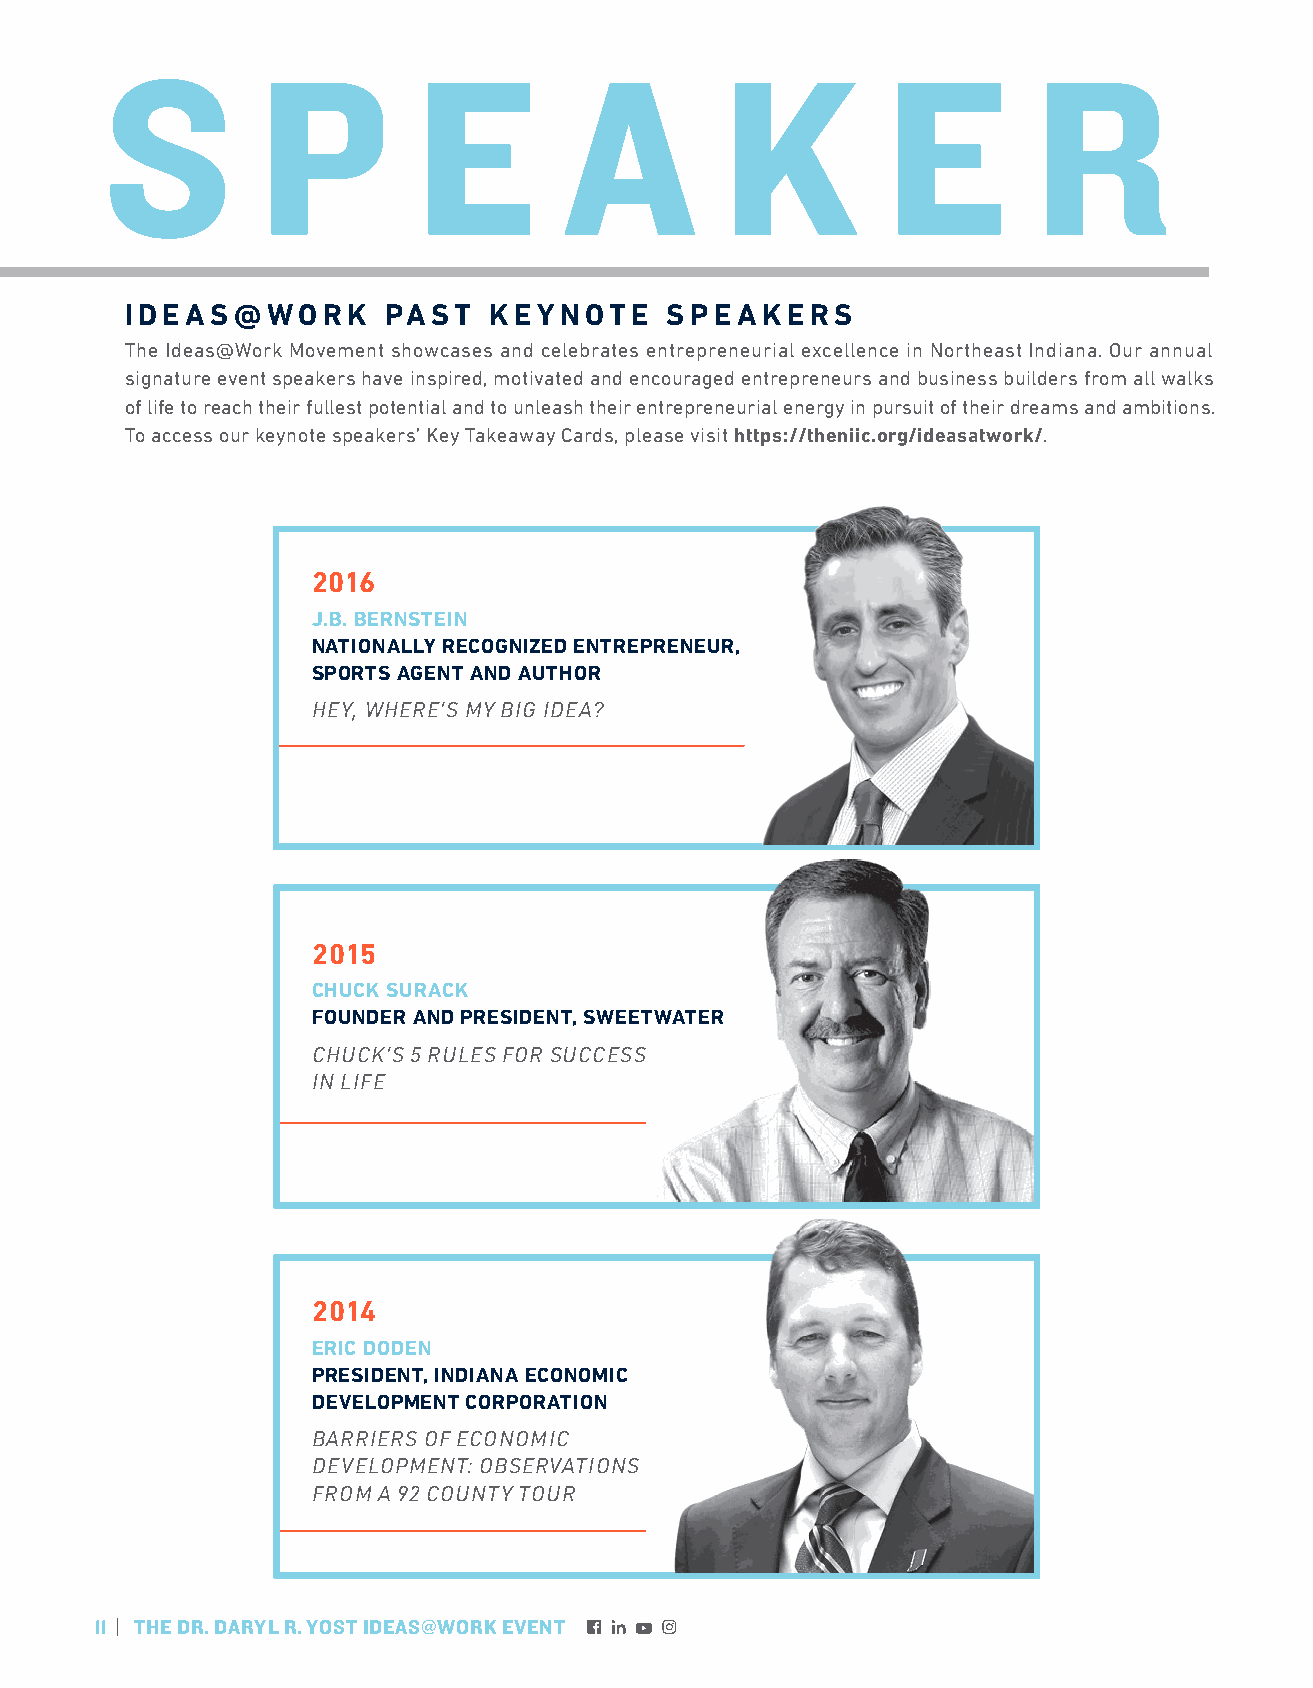
S         P         E         A          K          E        R
 IDEAS@WORK        PAST  KEYNOTE     SPEAKERS
 The Ideas@Work Movement showcases and celebrates entrepreneurial excellence in Northeast Indiana. Our annual
 signature event speakers have inspired, motivated and encouraged entrepreneurs and business builders from all walks
 of life to reach their fullest potential and to unleash their entrepreneurial energy in pursuit of their dreams and ambitions.
 To access our keynote speakers’ Key Takeaway Cards, please visit https://theniic.org/ideasatwork/.
 2016
 J.B. BERNSTEIN
 NATIONALLY RECOGNIZED ENTREPRENEUR,
 SPORTS AGENT AND AUTHOR
 HEY, WHERE’S MY BIG IDEA?
 2015
 CHUCK SURACK
 FOUNDER AND PRESIDENT, SWEETWATER
 CHUCK’S 5 RULES FOR SUCCESS
 IN LIFE
 2014
 ERIC DODEN
 PRESIDENT, INDIANA ECONOMIC
 DEVELOPMENT CORPORATION
 BARRIERS OF ECONOMIC
 DEVELOPMENT: OBSERVATIONS
 FROM A 92 COUNTY TOUR
 11 | THE DR. DARYL R. YOST IDEAS@WORK EVENT